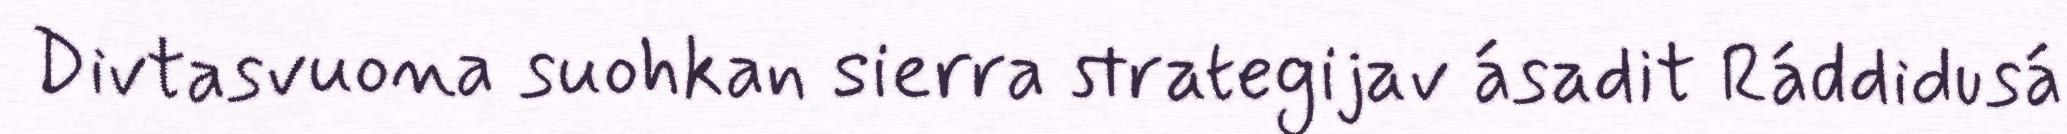
Divtasvuona suohkan sierra strategijav ásadit Ráddidusá